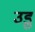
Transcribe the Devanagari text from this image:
उडु